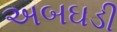
અબઘડી